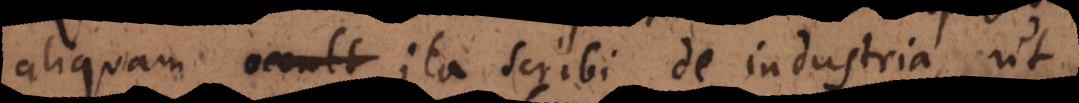
aliquam occult ita scribi de industria, ut